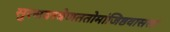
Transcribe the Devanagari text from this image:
सुरसवस्त्रेणततोमांजिष्ठवाससा